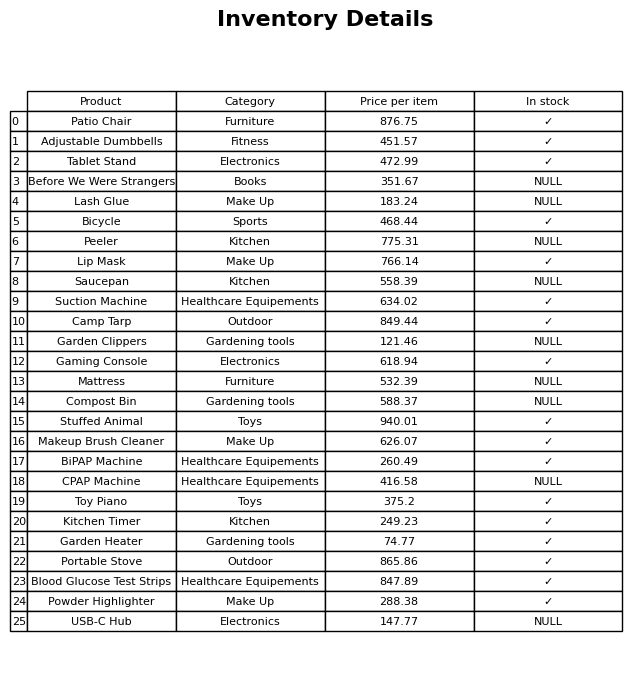
question: Which products are currently out of stock?
answer: Before We Were Strangers, Lash Glue, Peeler, Saucepan, Garden Clippers, Mattress, Compost Bin, CPAP Machine, USB-C Hub